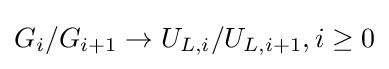
G_{i}/G_{i+1}\to U_{L,i}/U_{L,i+1},i\geq 0